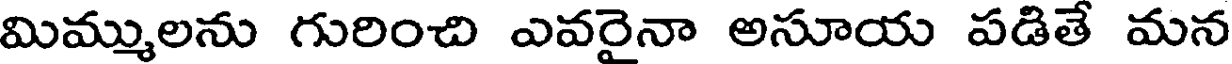
మిమ్ములను గురించి ఎవరైనా అసూయ పడితే మన